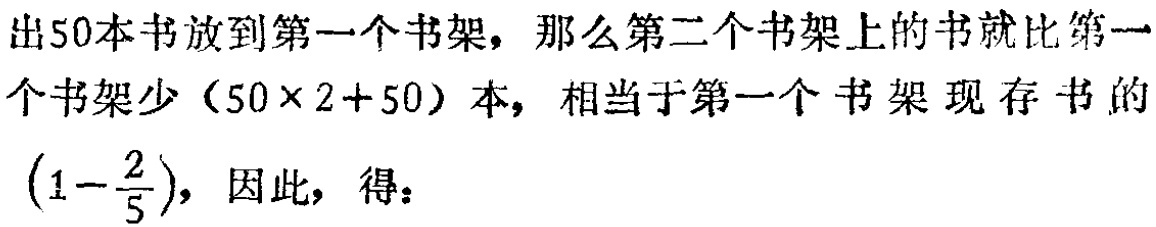
出50本书放到第一个书架，那么第二个书架上的书就比第一个书架少（50×2 + 50）本，相当于第一个书架现存书的\((1 - \frac{2}{5})\)，因此，得：